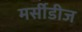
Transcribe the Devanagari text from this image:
मर्सीडीज